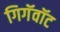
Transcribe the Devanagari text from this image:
गिगॅवॉट